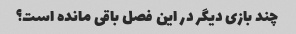
چند بازی دیگر در این فصل باقی مانده است؟